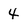
Character: 4